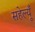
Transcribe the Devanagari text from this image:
सहेल्यूँ